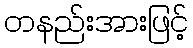
တနည်းအားဖြင့်